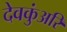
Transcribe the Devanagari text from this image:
देवकुंअरि